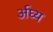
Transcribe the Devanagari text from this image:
र्अघ्य